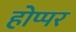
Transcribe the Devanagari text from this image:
होप्पर